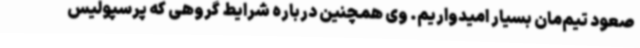
صعود تیم‌مان بسیار امیدواریم. وی همچنین درباره شرایط گروهی که پرسپولیس